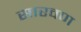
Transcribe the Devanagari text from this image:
सारवण